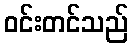
ဝင်းတင်သည်